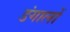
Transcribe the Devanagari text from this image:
डंगालों